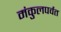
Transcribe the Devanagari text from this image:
मंकुलपर्वत